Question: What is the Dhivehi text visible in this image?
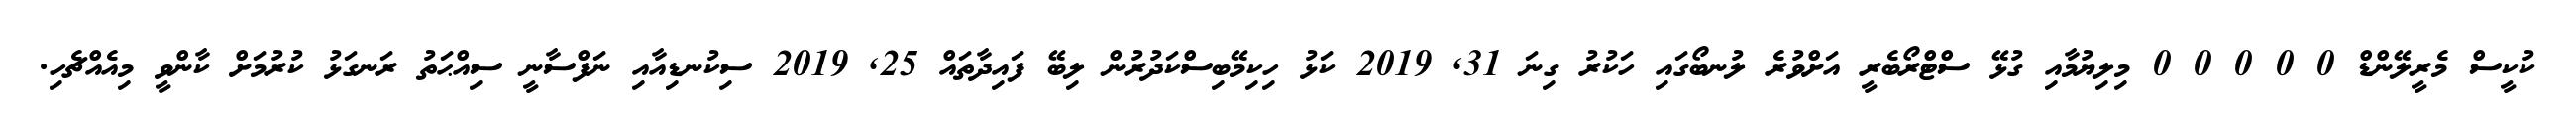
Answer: ކުކީސް މެރީލޭންޑް 0 0 0 0 0 މިލިޔުމާއި ގުޅޭ ސްޓްރޯބެރީ އަށްވުރެ ލުނބޯގައި ހަކުރު ގިނަ 31, 2019 ކަޅު ހިކިމޭބިސްކަދުރުން ލިބޭ ފައިދާތައް 25, 2019 ސިކުނޑިއާއި ނަފްސާނީ ސިއްޙަތު ރަނގަޅު ކުރުމަށް ކާންވީ މިއެއްޗެހި.